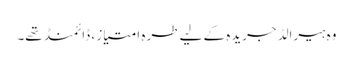
وہ ہیرالڈ جریدہ کے لیے طرہ امتیاز ، ڈائمنڈ تھے۔